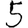
Digit: 5